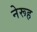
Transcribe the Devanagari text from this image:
नेरूह